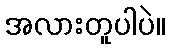
အလားတူပါပဲ။